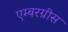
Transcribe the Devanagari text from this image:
एम्बरग्रीस